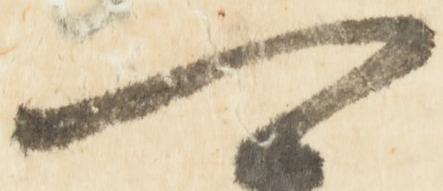
可